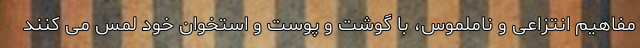
مفاهیم انتزاعی و ناملموس، با گوشت و پوست و استخوان خود لمس می کنند